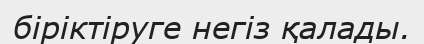
біріктіруге негіз қалады.